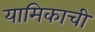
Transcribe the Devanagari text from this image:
यामिकाची